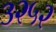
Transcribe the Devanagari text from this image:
३२५२